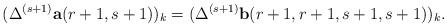
LaTeX: \begin{align*} &(\Delta^{(s+1)}{\bf a}(r+1,s+1))_{k} =(\Delta^{(s+1)} {\bf b}(r+1,r+1, s+1, s+1))_{k}.\end{align*}